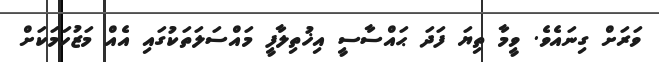
ވަރަށް ގިނައެވެ. ވީމާ ތިޔަ ފަދަ ޙައްސާސީ އިޚުތިލާފީ މައްސަލަތަކުގައި އެއް މަޒުހަމަކަށް